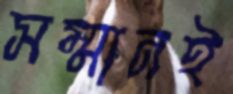
সম্মানই